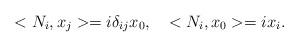
LaTeX: \begin{align*}<N_i, x_j> = i \delta_{ij} x_0, \quad <N_i, x_0> = i x_i.\end{align*}